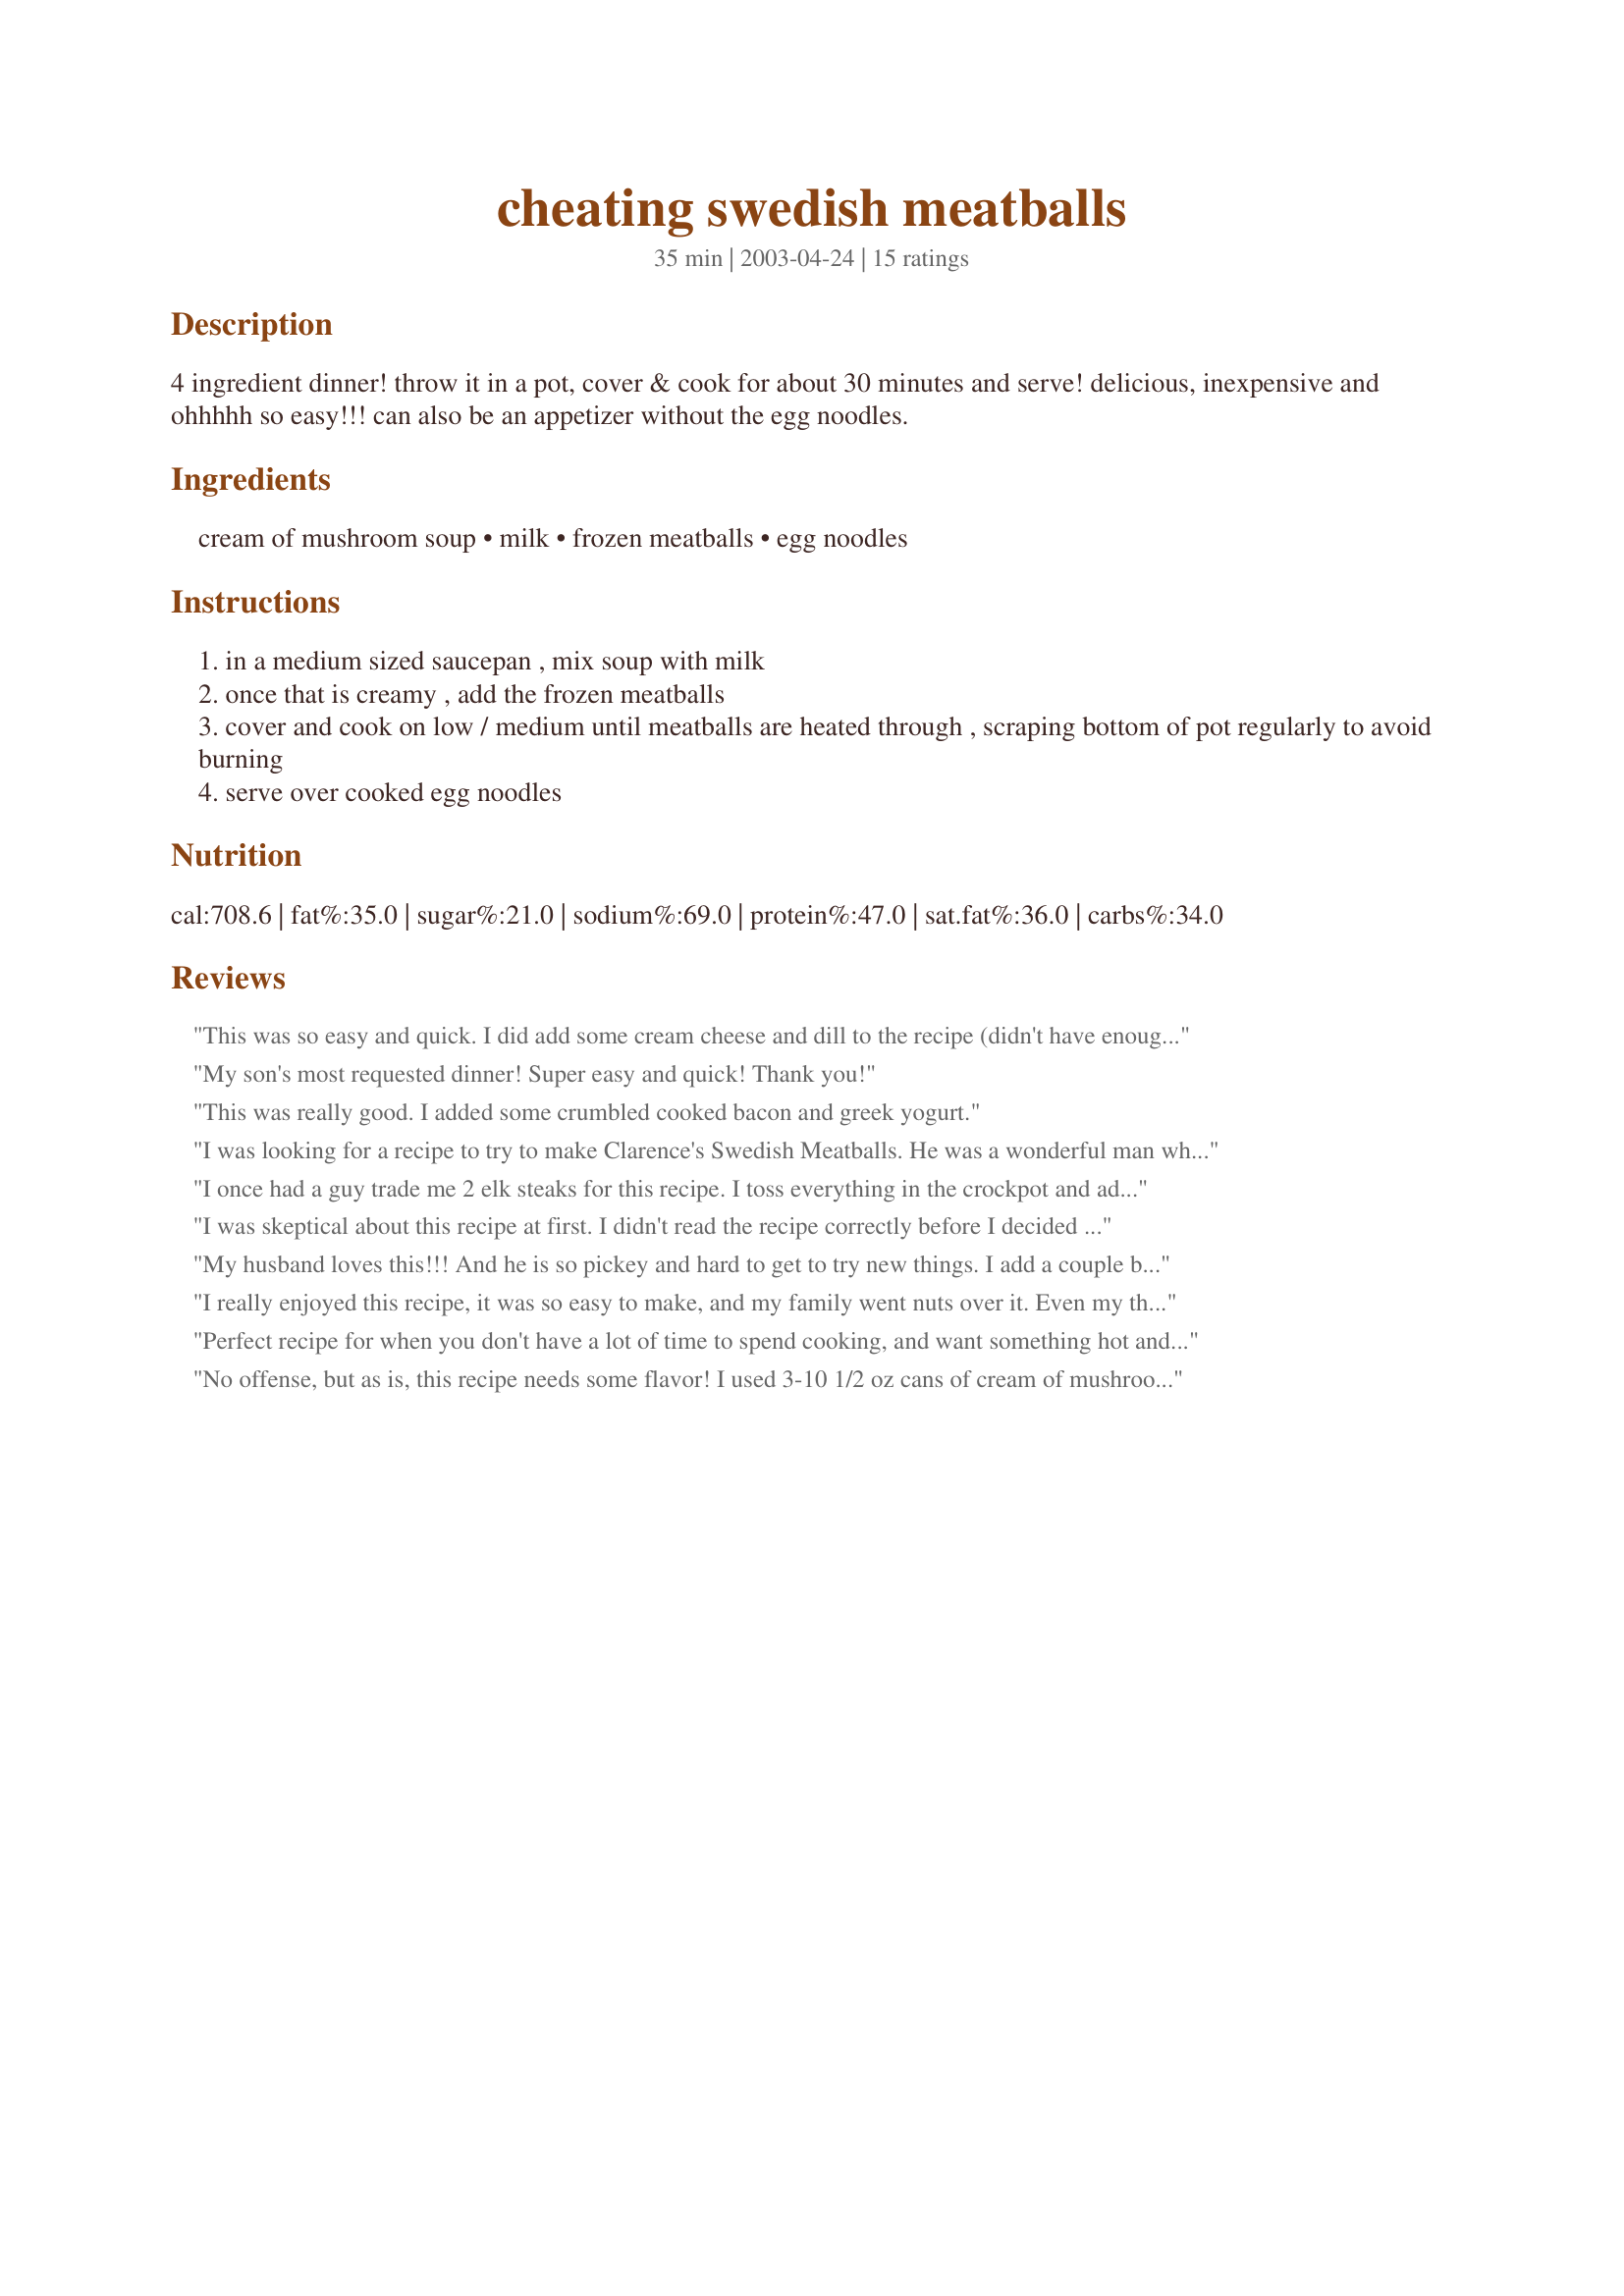
cheating swedish meatballs
Preparation time: 35 minutes

4 ingredient dinner! throw it in a pot, cover & cook for about 30 minutes and serve! delicious, inexpensive and ohhhhh so easy!!! can also be an appetizer without the egg noodles.

Ingredients:
cream of mushroom soup, milk, frozen meatballs, egg noodles

Steps:
in a medium sized saucepan , mix soup with milk
once that is creamy , add the frozen meatballs
cover and cook on low / medium until meatballs are heated through , scraping bottom of pot regularly to avoid burning
serve over cooked egg noodles

Reviews:
This was so easy and quick. I did add some cream cheese and dill to the recipe (didn't have enough soup on hand), and a little worcestershire because I like it. Very good recipe. Thanks for posting it. We will use this one from now on.
My son's most requested dinner! Super easy and quick! Thank you!
This was really good. I added some crumbled cooked bacon and greek yogurt.
I was looking for a recipe to try to make Clarence's Swedish Meatballs. He was a wonderful man who made soups and other yummy things for the Catholic Worker in Tacoma. This looked the closest to what he made. I added potatoes and super-sized this recipe and people really liked it.
I once had a guy trade me 2 elk steaks for this recipe. I toss everything in the crockpot and add 1-2tsp of garlic salt, fresh ground pepper and I use heavy cream instead of the milk. Great for parties. I'm always asked to bring this along.
I was skeptical about this recipe at first. I didn't read the recipe correctly before I decided to make it so, I didn't have enough cream of mushroom soup as the recipe called for so I substituted cream of celery soup for some of it. I also added a dash of worcestershire sauce since I thought it might need a little help flavorwise. I used homemade frozen meatballs. This was very good and very easy. My picky 2 year old loved the noodles with the gravy this made. Will definitely make this again. Doesn't need much help in the flavor dept like I thought it might but, it might be fun to tinker with it a bit and try out some different soup combinations with it.
My husband loves this!!! And he is so pickey and hard to get to try new things. I add a couple beef boullion cubes to mine to give it more flavor.
I really enjoyed this recipe, it was so easy to make, and my family went nuts over it. Even my three year old couldn't get enough of those meatballs. I added a can of mushrooms, and a sliced onion to it, and tried it on toast, and it was great that way too. I thank you for posting this recipe, I hope more people will try this simple, yet richly delicious recipe.

sincerely,
Kathleen Hurst
Perfect recipe for when you don't have a lot of time to spend cooking, and want something hot and filling on the table. I followed the recipe as written, but thought it was a little bland. Some black pepper, a sprinkle of crushed red pepper, and a bit of salt really helped make this dish come to life. I chopped up some fresh parsley for garnish. I would definitely make this again! Thanks for sharing!
No offense, but as is, this recipe needs some flavor! I used 3-10 1/2 oz cans of cream of mushroom soup; about 20 oz of milk (2% &amp; I added to soup while in my kitchenaid mixer on 2, until my desired consistency, remembering that when heated, it will become more liquid.) One package of onion soup mix, 2 pinches of ground sage, a pinch of parsley, and a few twists of the pepper grinder &amp; my pink salt grinder (more if you use regular sea salt; I never use regular table salt.). And of course some kind of seasoning with heat (paprika, ground red pepper, etc.) for my husband who is from Texas where everything packs a bit or more of heat..lol. Lastly, about a tsp of chopped garlic &amp; a bay leaf just as the temperature starts to get going. If desired, we add mushrooms &amp; a bit of grated Parmesan. Also. We do this in the crockpot over a few hours, adding ingredients based on there cook time; for example, mushrooms &amp; cheese go in close to last as they don’t take much time, &amp; meatballs last because they are already crisp from the oven &amp; you don’t want them to get mushy from over cooking in the sauce. Good luck &amp; happy eating ??
Ive always been a picky eater then i tried these one day at work and fell in love looked and found this great recipe that was even better i added a whollup of sour cream in the pot and it turned out amazing thanks
Wow, what a great & simple recipe!
I doubled the recipe and added one can of campbell's french onion soup and about 1 Tablespoon of worcestershire sauce. Just before serving I added 3 Tablespoons of flour mixed in 1/2 cup of water to thicken.
So easy to make and my family LOVED it.
This was really good for a quick dinner. I used a 26oz can of soup so I had to adjust to that and we used homemade meatballs I had frozen. I also added a little garlic powder. Great recipe..thx!
I really liked this. It is a very mild sweedish meatball recipe. No, it is not authentic, but it is quick and delicious. I had this meal ready to dish up in 20 minutes.
This certainly was easy, but it was just okay. I too added some worcestershire sce, along with some sour cream, a little Gravy Master, and fresh parsley, but it wasn't what I'd had in mind - it just didn't have much flavor.
